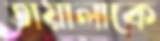
তায়ালাকে